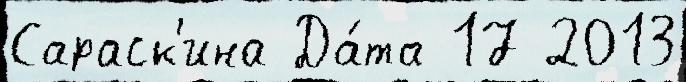
Сараск'ина Да́та 17 2013